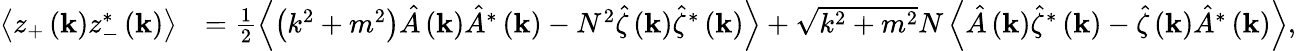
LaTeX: \begin{array}{rl}{\left\langle z_{+}\left(\mathbf{k}\right)z_{-}^{*}\left(\mathbf{k}\right)\right\rangle}&{=\frac{1}{2}\left\langle\left(k^{2}+m^{2}\right)\hat{A}\left(\mathbf{k}\right)\hat{A}^{*}\left(\mathbf{k}\right)-N^{2}\hat{\zeta}\left(\mathbf{k}\right)\hat{\zeta}^{*}\left(\mathbf{k}\right)\right\rangle+\sqrt{k^{2}+m^{2}}N\left\langle\hat{A}\left(\mathbf{k}\right)\hat{\zeta}^{*}\left(\mathbf{k}\right)-\hat{\zeta}\left(\mathbf{k}\right)\hat{A}^{*}\left(\mathbf{k}\right)\right\rangle,}\end{array}